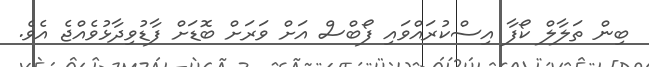
ބިން ތަލާލް ކޯފާ އިސްކުރައްވައި ފޯބްސް އަށް ވަރަށް ބޮޑަށް ފާޑުވިދާޅުވެއްޖެ އެވެ.